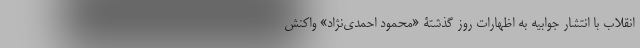
انقلاب با انتشار جوابیه به اظهارات روز گذشتۀ «محمود احمدی‌نژاد» واکنش